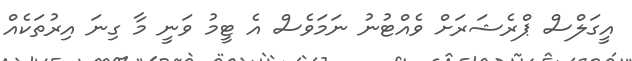
އީގަލްސް ޕްރެޝަރަށް ވެއްޓުނު ނަމަވެސް އެ ޓީމު ވަނީ މާ ގިނަ އިރުތަކެއް